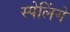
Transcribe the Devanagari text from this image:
स्पेलिंगे